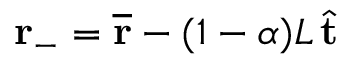
\mathbf { r } _ { - } = \overline { { \mathbf { r } } } - ( 1 - \alpha ) L \, \hat { \mathbf { t } }